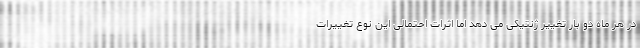
در هر ماه دو بار تغییر ژنتیکی می دهد اما اثرات احتمالی این نوع تغییرات